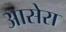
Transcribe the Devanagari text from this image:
आसेरा